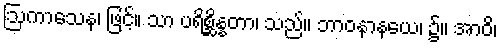
ဩကာသေန၊ ဖြင့်။ သာ ပရိစ္ဆိန္နတာ၊ သည်။ ဘာဝနာနယေ၊ ၌။ အာဝိ၊